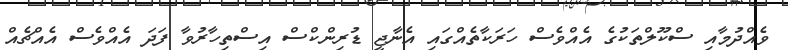
ވެއްދުމާއި ސްކޫލްތަކުގެ އެއްވެސް ހަރަކާތެއްގައި އެނާޖީ ޑުރިންކްސް އިސްތިހާރުވާ ފަދަ އެއްވެސް އެއްޗެއް